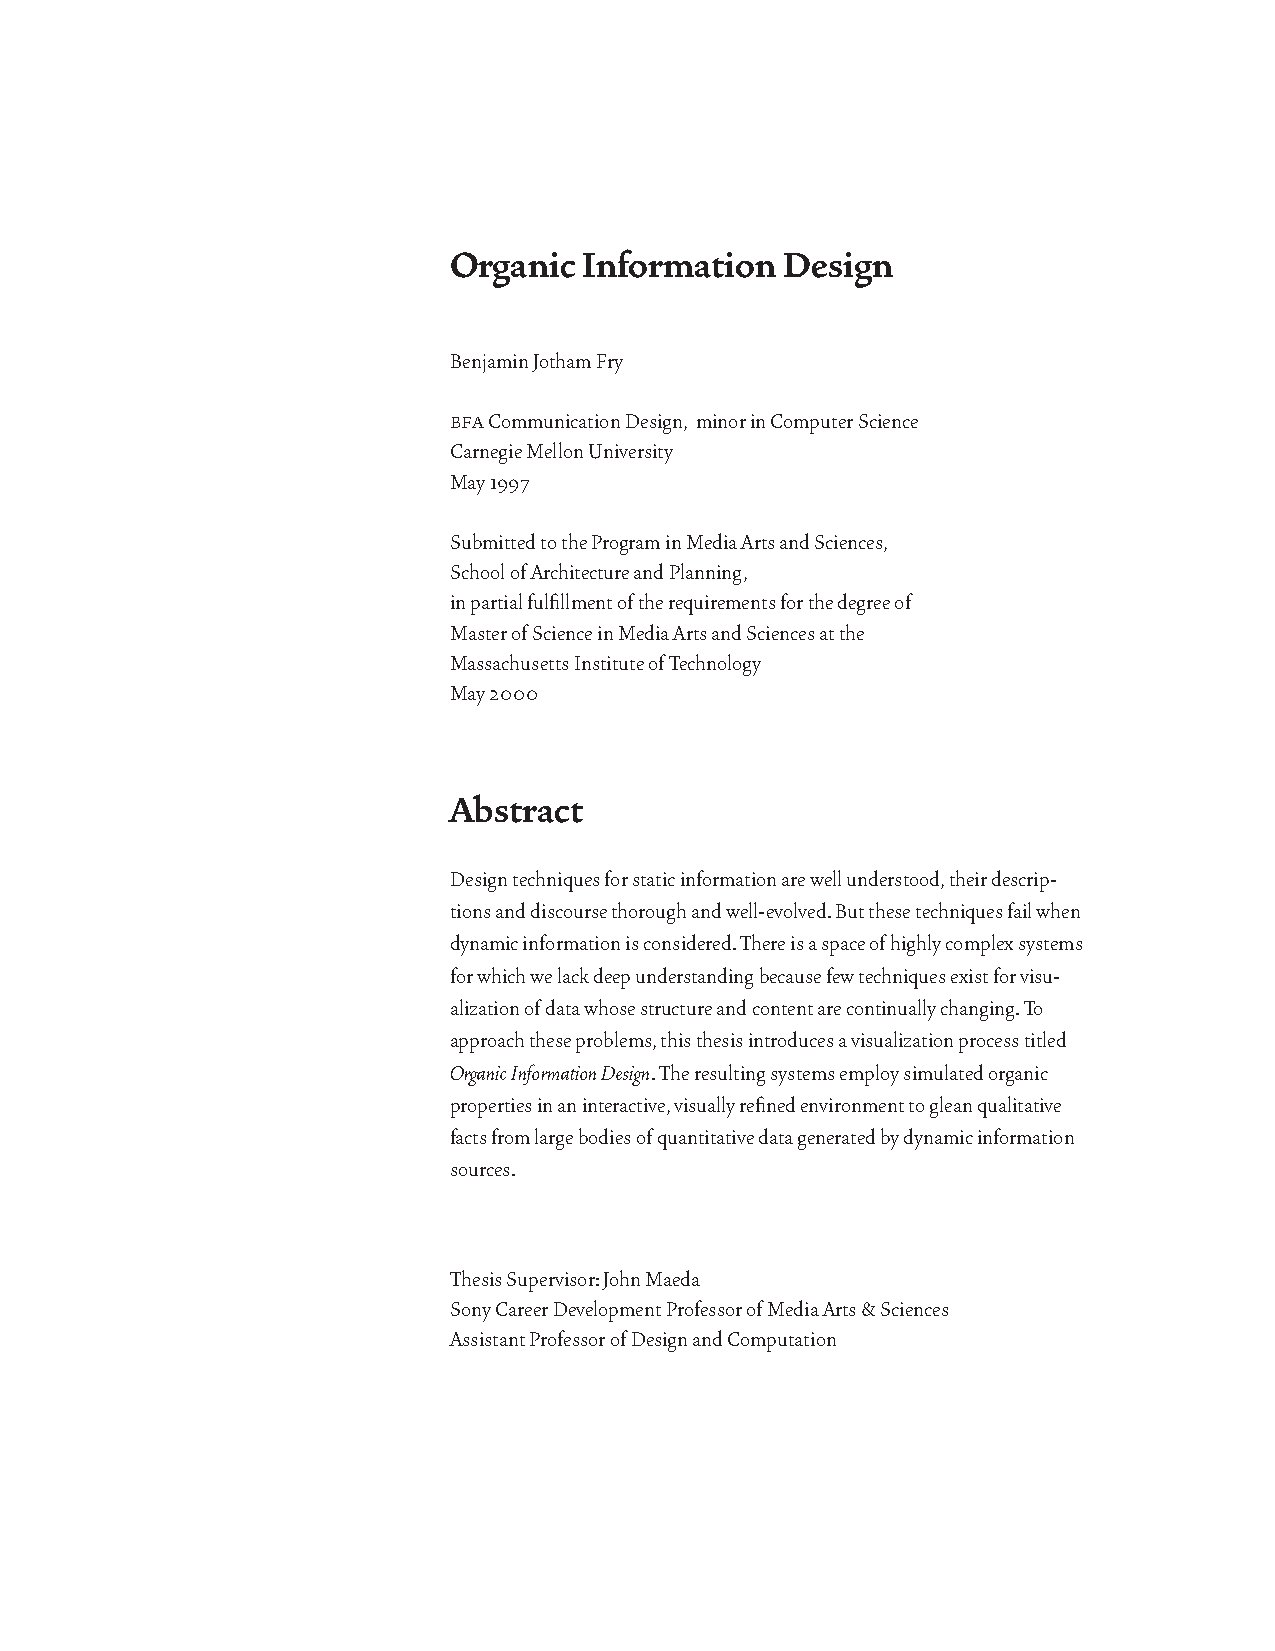
Organic  Information  Design
 Benjamin Jotham Fry
 bfa Communication Design, minor in Computer Science
 Carnegie Mellon University
 May 1997
 Submitted to the Program in Media Arts and Sciences,
 School of Architecture and Planning,
 in partial fulfillment of the requirements for the degree of
 Master of Science in Media Arts and Sciences at the
 Massachusetts Institute of Technology
 May 2000
 Abstract
 Design techniques for static information are well understood, their descrip-
 tions and discourse thorough and well-evolved. But these techniques fail when
 dynamic information is considered. There is a space of highly complex systems
 for which we lack deep understanding because few techniques exist for visu-
 alization of data whose structure and content are continually changing. To
 approach these problems, this thesis introduces a visualization process titled
 Organic Information Design. The resulting systems employ simulated organic
 properties in an interactive, visually refined environment to glean qualitative
 facts from large bodies of quantitative data generated by dynamic information
 sources.
 Thesis Supervisor: John Maeda
 Sony Career Development Professor of Media Arts & Sciences
 Assistant Professor of Design and Computation